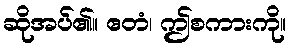
ဆိုအပ်၏။ ဧတံ၊ ဤစကားကို။